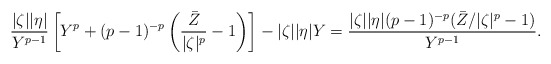
\begin{align*}\frac{|\zeta||\eta|}{Y^{p-1}}\left[Y^p+(p-1)^{-p}\left(\frac{\bar{Z}}{|\zeta|^p}-1\right)\right]-|\zeta||\eta|Y &=\frac{|\zeta||\eta|(p-1)^{-p}(\bar{Z}/|\zeta|^p-1)}{Y^{p-1}}.\end{align*}